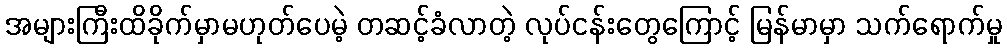
အများကြီးထိခိုက်မှာမဟုတ်ပေမဲ့ တဆင့်ခံလာတဲ့ လုပ်ငန်းတွေကြောင့် မြန်မာမှာ သက်ရောက်မှု